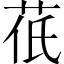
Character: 𮎱